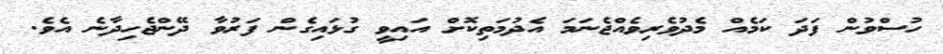
ހުސްވުން ފަދަ ކަމެއް މެދުވެރިވެއްޖެނަމަ އެދުމަތިކޮށް އައިވީ ގުޅައިގެން ފަރުވާ ދޭންޖެހިދާނެ އެވެ.